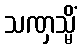
သဏှသ္မိံ